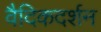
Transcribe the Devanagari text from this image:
वैदिकदर्शन